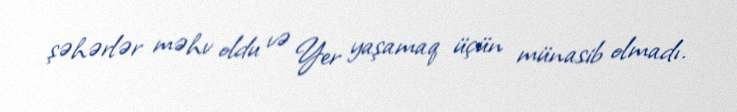
şəhərlər məhv oldu və Yer yaşamaq üçün münasib olmadı.